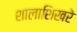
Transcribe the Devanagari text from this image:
शालाशिखरे